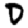
Digit: 0